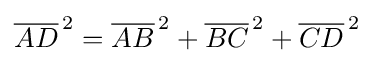
{\overline {AD}}^{\,2}={\overline {AB}}^{\,2}+{\overline {BC}}^{\,2}+{\overline {CD}}^{\,2}